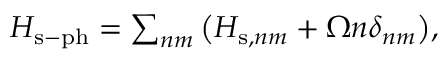
\begin{array} { r } { H _ { \mathrm { s - p h } } = \sum _ { n m } \big ( H _ { \mathrm { s } , n m } + \Omega n \delta _ { n m } \big ) , } \end{array}